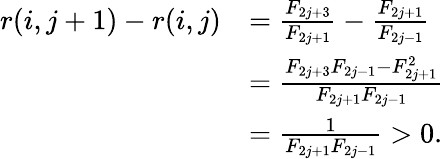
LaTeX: \begin{array}{rl}{r(i,j+1)-r(i,j)}&{={\frac{F_{2j+3}}{F_{2j+1}}}-{\frac{F_{2j+1}}{F_{2j-1}}}}\\ &{={\frac{F_{2j+3}F_{2j-1}-F_{2j+1}^{2}}{F_{2j+1}F_{2j-1}}}}\\ &{={\frac{1}{{F_{2j+1}F_{2j-1}}}}>0.}\end{array}